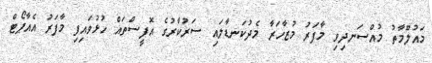
މައުލޫމާތު މުއްސަނދިވި މާފަރު މުޒާހަރާ މެދުކަނޑާލައި ސަރުކާރުގެ އޮފީސްތައް ހުޅުވައިފި މާފަރު އެއާޕޯޓް